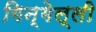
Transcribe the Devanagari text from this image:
गिन्गेल्ली